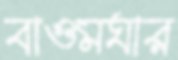
বাওমঘার